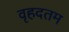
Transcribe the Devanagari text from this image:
वृहदतम